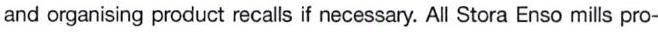
and organising product recalls if necessary. All Stora Enso mills pro-